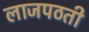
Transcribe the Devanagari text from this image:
लाजपठती